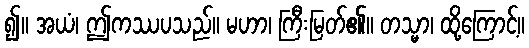
၍။ အယံ၊ ဤကဿပသည်။ မဟာ၊ ကြီးမြတ်၏။ တသ္မာ၊ ထို့ကြောင့်။